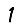
Digit: 1